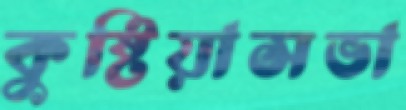
কুষ্টিয়াসভা